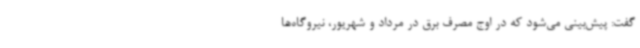
گفت: پیش‌بینی می‌شود که در اوج مصرف برق در مرداد و شهریور، نیروگاه‌ها